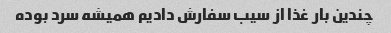
چندین بار غذا از سیب سفارش دادیم همیشه سرد بوده